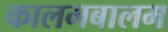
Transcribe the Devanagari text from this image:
कालमबालम